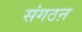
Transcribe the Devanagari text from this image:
संगठऩ